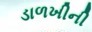
ડાળખીની